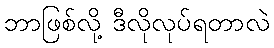
ဘာဖြစ်လို့ ဒီလိုလုပ်ရတာလဲ